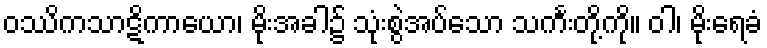
ဝဿိကသာဋိကာယော၊ မိုးအခါ၌ သုံးစွဲအပ်သော သင်္ကးတို့ကို။ ဝါ၊ မိုးရေခံ